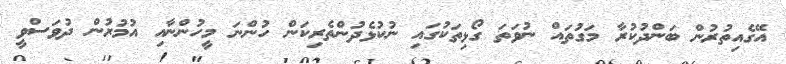
އޭގެއިތުރުން ބަންދުކުރާ މަގުުތައް ނުވަތަ ގޯޅިތަކުގައި ނުކުޅެދުންތެރިކަން ހުންނަ މީހުންނާއި އުމުރުން ދުވަސްވީ